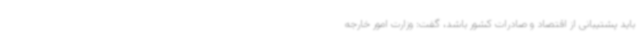
باید پشتیبانی از اقتصاد و صادرات کشور باشد، گفت: وزارت امور خارجه